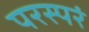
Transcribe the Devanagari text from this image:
परस्परं